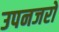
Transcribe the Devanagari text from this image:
उपनजरों